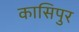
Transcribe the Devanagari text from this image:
कासिपुर